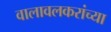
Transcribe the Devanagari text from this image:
वालावलकरांच्या